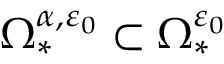
\Omega _ { * } ^ { { \alpha } , { \varepsilon _ { 0 } } } \subset \Omega _ { * } ^ { \varepsilon _ { 0 } }